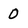
Character: 0